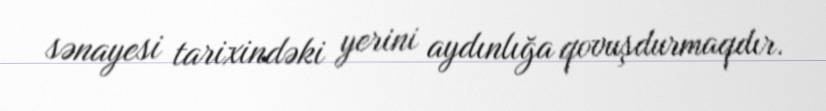
sənayesi tarixindəki yerini aydınlığa qovuşdurmaqdır.